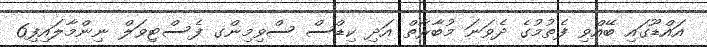
އައްޑޫގައި ބޭއްވި ފެތުމުގެ ދެވަނަ މުބާރާތް އަދި ކިޑްސް ސްވިމިންގ ފެސްޓިވަލް ނިންމާލައިފި6